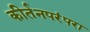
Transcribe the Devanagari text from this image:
कीर्तनपरंपरा